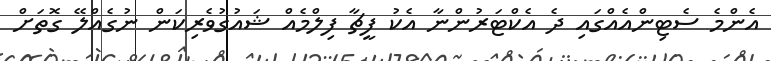
އެންމެ ސެޓިންއެއްގައި ދެ އެކްޓަރުންނާ އެކު ފީޗާ ފިލްމެއް ޝައުގުވެރިކަން ނުގެއްލޭ ގޮތަށް